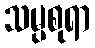
သမ္ပစုရာ